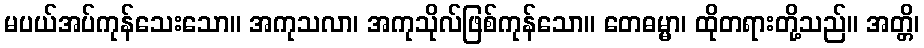
မပယ်အပ်ကုန်သေးသော။ အကုသလာ၊ အကုသိုလ်ဖြစ်ကုန်သော။ တေဓမ္မာ၊ ထိုတရားတို့သည်။ အတ္တိ၊